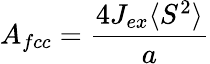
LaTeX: A_{fcc}={\frac{4J_{ex}\langle S^{2}\rangle}{a}}